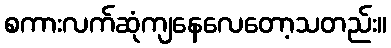
စကားလက်ဆုံကျနေလေတော့သတည်း။